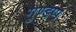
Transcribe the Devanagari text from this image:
गुण्डप्प